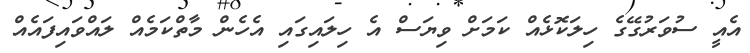
އެއީ ސުވަރުގޭގެ ހިލަކޮޅެއް ކަމަށް ވިޔަސް އެ ހިލައިގައި އެހެން މާތްކަމެއް ލައްވައިފައެއް